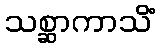
သစ္ဆာကာသိံ